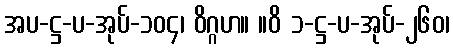
အပ-ဋ္ဌ-ပ-အုပ်-၁၀၄၊ ဝိဂ္ဂဟ။ ။ဝိ ၁-ဋ္ဌ-ပ-အုပ်-၂၆၀၊